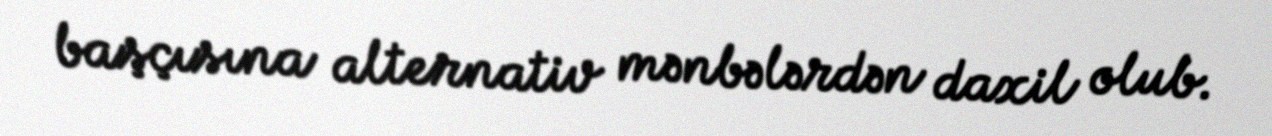
başçısına alternativ mənbələrdən daxil olub.